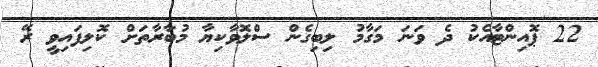
22 ޕޮއިންޓާއެކު ދެ ވަނަ މަގާމު ލިބިގެން ސްލޮވާކިޔާ މުބާރާތަށް ކޮލިފައިވީ ރޭ